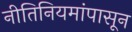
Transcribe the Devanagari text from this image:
नीतिनियमांपासून